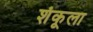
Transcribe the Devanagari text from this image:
शंकूला